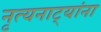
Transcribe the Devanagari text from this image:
नृत्यनाट्यांना